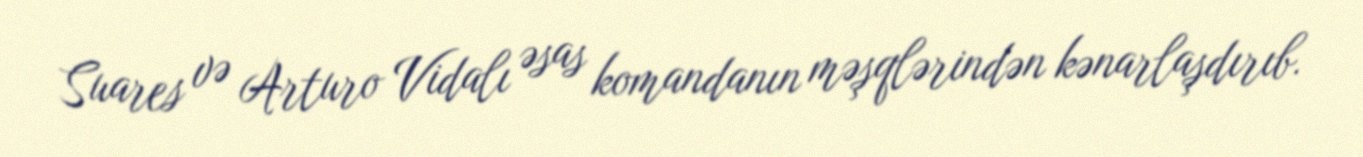
Suares və Arturo Vidalı əsas komandanın məşqlərindən kənarlaşdırıb.